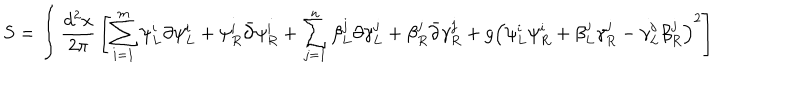
LaTeX: S = \int { \frac { d ^ { 2 } x } { 2 \pi } } \left[ \sum _ { i = 1 } ^ { m } \psi _ { L } ^ { i } \partial \psi _ { L } ^ { i } + \psi _ { R } ^ { i } \bar { \partial } \psi _ { R } ^ { i } + \sum _ { j = 1 } ^ { n } \beta _ { L } ^ { j } \partial \gamma _ { L } ^ { j } + \beta _ { R } ^ { j } \bar { \partial } \gamma _ { R } ^ { j } + g \left( \psi _ { L } ^ { i } \psi _ { R } ^ { i } + \beta _ { L } ^ { j } \gamma _ { R } ^ { j } - \gamma _ { L } ^ { j } \beta _ { R } ^ { j } \right) ^ { 2 } \right]